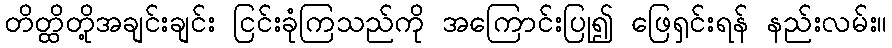
တိတ္ထိတို့အချင်းချင်း ငြင်းခုံကြသည်ကို အကြောင်းပြု၍ ဖြေရှင်းရန် နည်းလမ်း။